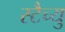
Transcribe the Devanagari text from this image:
स्टैच्यु